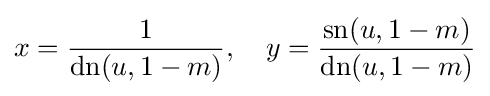
x={\frac {1}{\operatorname {dn} (u,1-m)}},\quad y={\frac {\operatorname {sn} (u,1-m)}{\operatorname {dn} (u,1-m)}}